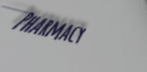
Pharmacy